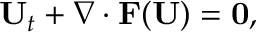
\mathbf { U } _ { t } + \nabla \cdot \mathbf { F } ( \mathbf { U } ) = { \bf 0 } ,